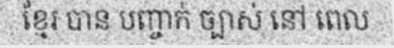
ខ្មែរ បាន បញ្ចាក់ ច្បាស់ នៅ ពេល